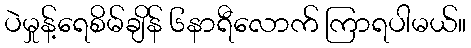
ပဲမှုန့်ရေစိမ်ချိန် ၆နာရီလောက် ကြာရပါမယ်။